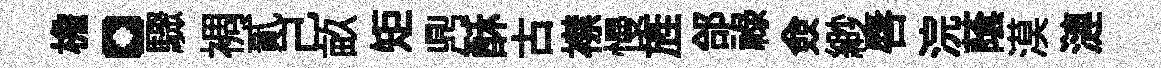
檐。驟裯貳己畝矩𪔂酥古襟慢旌郃禄僉緲唇浣䕃漠漣